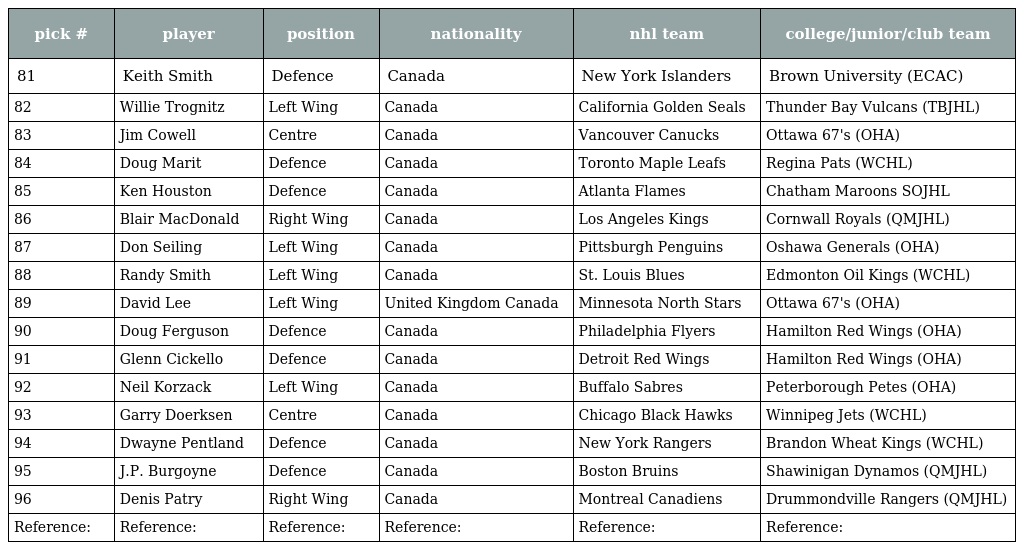
| pick # | player | position | nationality | nhl team | college/junior/club team |
 | --- | --- | --- | --- | --- | --- |
 | 81 | Keith Smith | Defence | Canada | New York Islanders | Brown University (ECAC) |
 | 82 | Willie Trognitz | Left Wing | Canada | California Golden Seals | Thunder Bay Vulcans (TBJHL) |
 | 83 | Jim Cowell | Centre | Canada | Vancouver Canucks | Ottawa 67's (OHA) |
 | 84 | Doug Marit | Defence | Canada | Toronto Maple Leafs | Regina Pats (WCHL) |
 | 85 | Ken Houston | Defence | Canada | Atlanta Flames | Chatham Maroons SOJHL |
 | 86 | Blair MacDonald | Right Wing | Canada | Los Angeles Kings | Cornwall Royals (QMJHL) |
 | 87 | Don Seiling | Left Wing | Canada | Pittsburgh Penguins | Oshawa Generals (OHA) |
 | 88 | Randy Smith | Left Wing | Canada | St. Louis Blues | Edmonton Oil Kings (WCHL) |
 | 89 | David Lee | Left Wing | United Kingdom Canada | Minnesota North Stars | Ottawa 67's (OHA) |
 | 90 | Doug Ferguson | Defence | Canada | Philadelphia Flyers | Hamilton Red Wings (OHA) |
 | 91 | Glenn Cickello | Defence | Canada | Detroit Red Wings | Hamilton Red Wings (OHA) |
 | 92 | Neil Korzack | Left Wing | Canada | Buffalo Sabres | Peterborough Petes (OHA) |
 | 93 | Garry Doerksen | Centre | Canada | Chicago Black Hawks | Winnipeg Jets (WCHL) |
 | 94 | Dwayne Pentland | Defence | Canada | New York Rangers | Brandon Wheat Kings (WCHL) |
 | 95 | J.P. Burgoyne | Defence | Canada | Boston Bruins | Shawinigan Dynamos (QMJHL) |
 | 96 | Denis Patry | Right Wing | Canada | Montreal Canadiens | Drummondville Rangers (QMJHL) |
 | Reference: | Reference: | Reference: | Reference: | Reference: | Reference: |